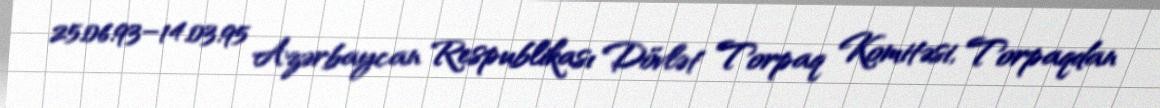
25.06.93–14.03.95 Azərbaycan Respublikası Dövlət Torpaq Komitəsi, Torpaqdan